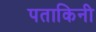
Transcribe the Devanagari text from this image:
पताकिनी